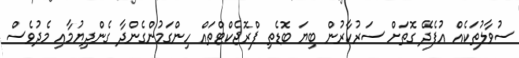
ސުވާލުތަކެއް އުފެދޭ ގޮތަށް ސަރުކާރުން ބިޔަ ބޮޑެތި ޕްރޮޖެކްޓްތައް ހިންގަމުންގެންދާ ގެންދިޔުމާއި މެދުވެސް